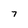
Character: 7